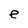
Character: e